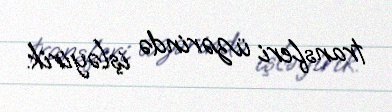
transferi üzərində işləyirik.